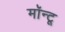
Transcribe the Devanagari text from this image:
मॉन्टू